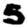
Digit: 5